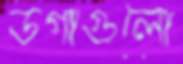
ডগাগুলো